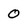
Character: 0